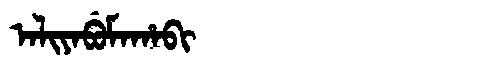
Manchu: ᠠᠯᡳᠶᠠᠪᡠᠮᠠᡥᠠᠪᡳ
Romanization: ALIYABUMAHABI